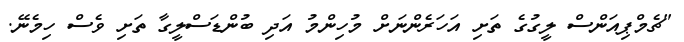
"ޗެމްޕިއަންސް ލީގުގެ ތަށި އަހަރެންނަށް މުހިންމު އަދި ބުންޑަސްލީގާ ތަށި ވެސް ހިމެނޭ.